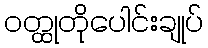
ဝတ္ထုတိုပေါင်းချုပ်